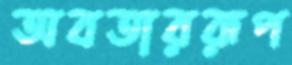
অবতাররূপ